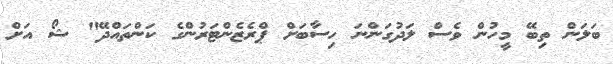
ބަލަން ތިބޭ މީހުން ވެސް ލަދުގަންނަ ހިސާބަށް ޕްރެޒެންޓަރުންގެ ކަންތައްދޭ" ޝޯ އަށް